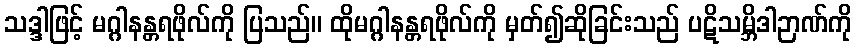
သဒ္ဒါဖြင့် မဂ္ဂါနန္တရဖိုလ်ကို ပြသည်။ ထိုမဂ္ဂါနန္တရဖိုလ်ကို မှတ်၍ဆိုခြင်းသည် ပဋိသမ္ဘိဒါဉာဏ်ကို